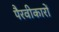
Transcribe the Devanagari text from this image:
पैरवीकारों